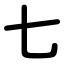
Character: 七